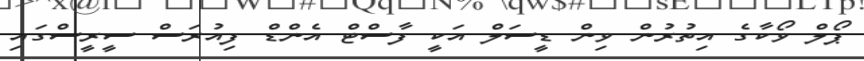
ޕޯލް ވޯކާގެ އިތުރުން ވިން ޑީސަލް އަކީ ފާސްޓް އެންޑް ފިއުރަސް ސީރީސްގައި